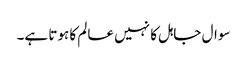
سوال جاہل کا نہیں عالم کا ہوتا ہے۔